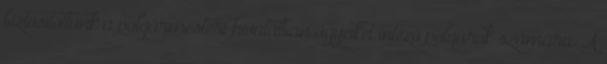
biztosítottunk a polgármesteri hivatalban ügyeiket intéző polgárok számára. A